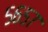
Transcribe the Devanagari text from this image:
५६५७